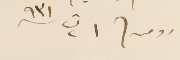
رومىه/  ١ ت٢ ٩٣١